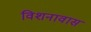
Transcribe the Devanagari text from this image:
विशनावास